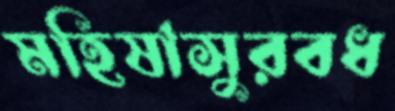
মহিষাসুরবধ